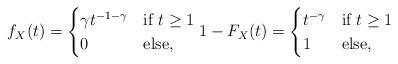
LaTeX: \begin{align*}f_X(t) = \begin{cases}\gamma t^{-1-\gamma} &\mbox{if } t \ge 1 \\ 0 &\mbox{else},\end{cases} 1 - F_X(t) = \begin{cases} t^{-\gamma} &\mbox{if } t \ge 1 \\ 1 &\mbox{else}, \end{cases}\end{align*}